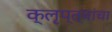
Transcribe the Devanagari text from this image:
क्लृप्त्यांचा